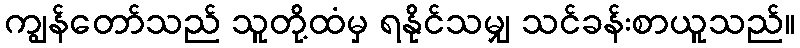
ကျွန်တော်သည် သူတို့ထံမှ ရနိုင်သမျှ သင်ခန်းစာယူသည်။